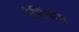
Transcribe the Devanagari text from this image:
पेर्मिनोव